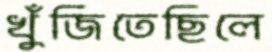
খুঁজিতেছিলে